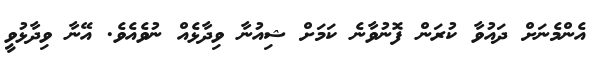
އެންމެނަށް ދައުވާ ކުރަން ފޮނުވާނެ ކަމަށް ޝިއުނާ ވިދާޅެއް ނުވެއެވެ. އޭނާ ވިދާޅުވީ